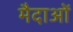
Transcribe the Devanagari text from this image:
मैदाओं